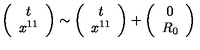
\left( \begin{array} { c } { t } \\ { x ^ { 1 1 } } \\ \end{array} \right) \sim \left( \begin{array} { c } { t } \\ { x ^ { 1 1 } } \\ \end{array} \right) + \left( \begin{array} { c } { 0 } \\ { R _ { 0 } } \\ \end{array} \right)